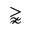
\gnapprox